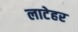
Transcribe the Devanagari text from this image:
लाटेहर